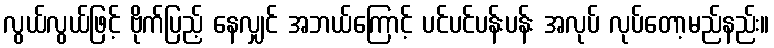
လွယ်လွယ်ဖြင့် ဗိုက်ပြည့် နေလျှင် အဘယ်ကြောင့် ပင်ပင်ပန်းပန်း အလုပ် လုပ်တော့မည်နည်း။